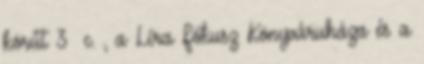
körút 3 c. , a Líra Fókusz Könyváruháza és a